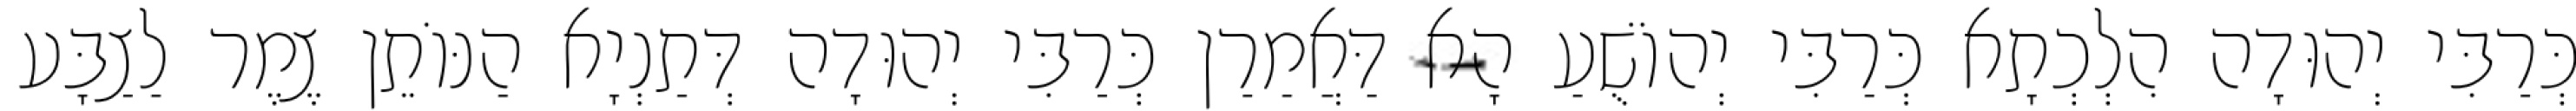
כְּרַבִּי יְהוּדָה הִלְכְתָא כְּרַבִּי יְהוֹשֻׁעַ הָא דַּאֲמַרַן כְּרַבִּי יְהוּדָה דְּתַנְיָא הַנּוֹתֵן צֶמֶר לַצַבָּע